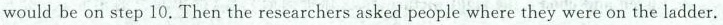
would be on step 10. Then the researchers asked people where they were on the ladder.